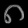
Digit: ၈